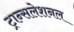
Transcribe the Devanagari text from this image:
ट्रान्सलेशनल